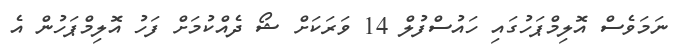
ނަމަވެސް އޮލިމްޕަހުގައި ހައުސްފުލް 14 ވަރަކަށް ޝޯ ދެއްކުމަށް ފަހު އޮލިމްޕަހުން އެ